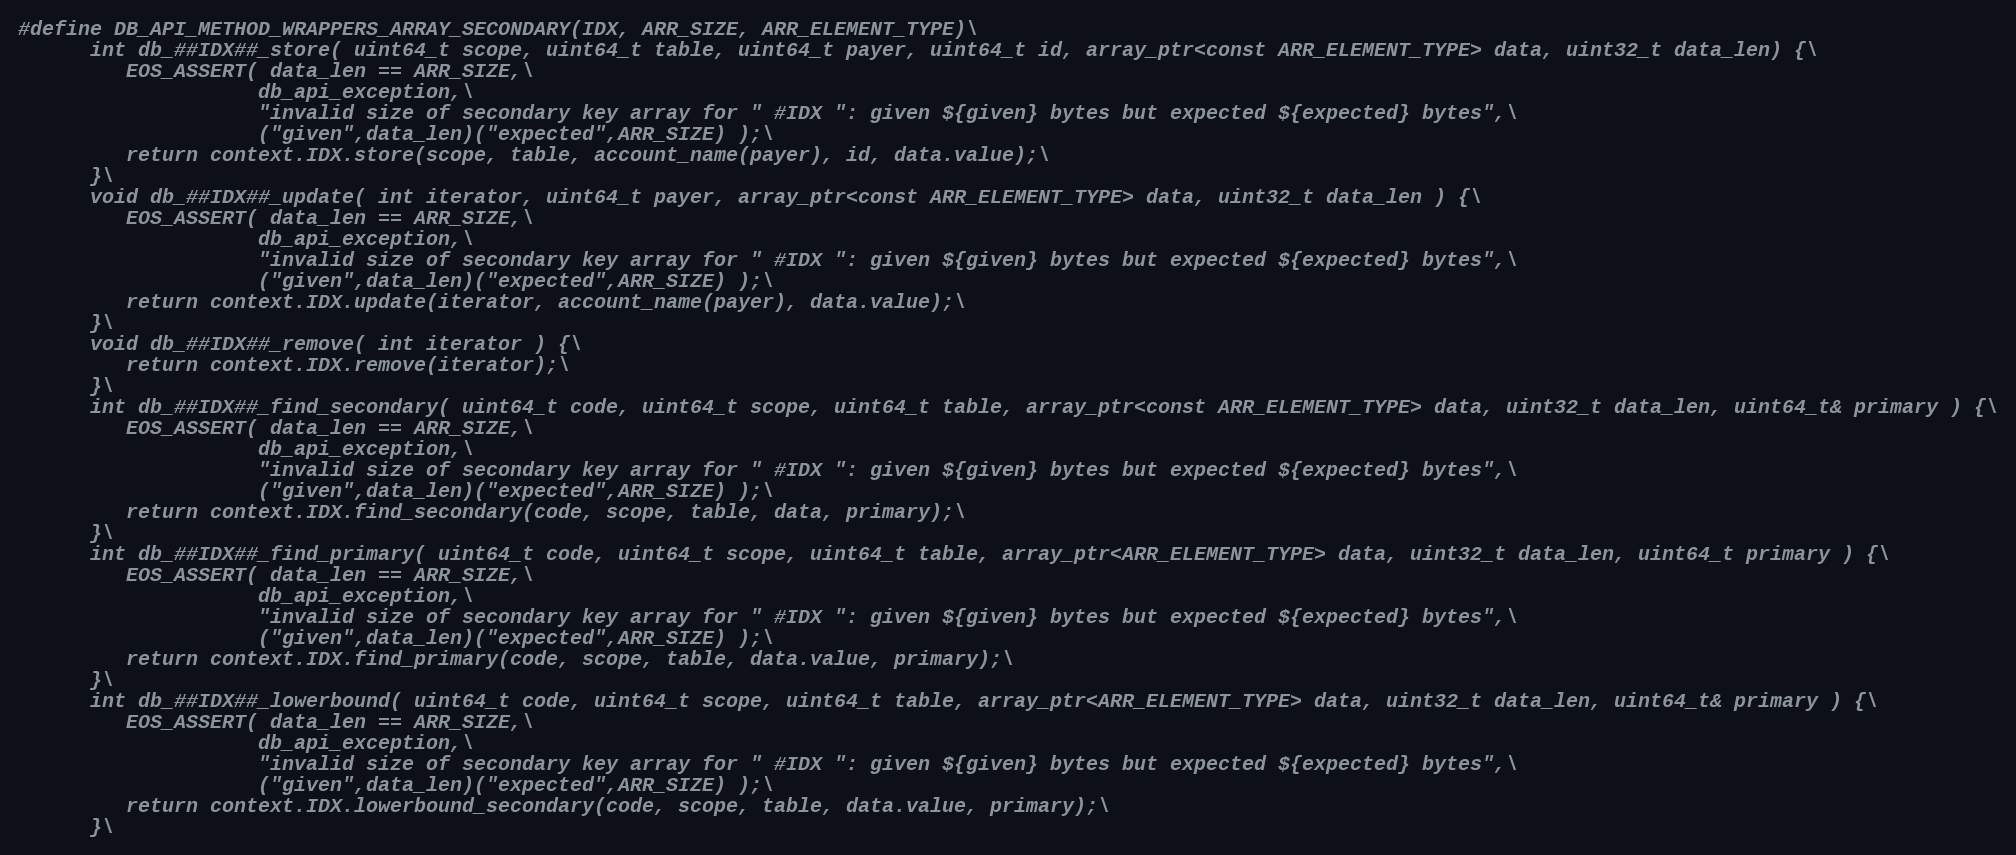
Language: C++
#define DB_API_METHOD_WRAPPERS_ARRAY_SECONDARY(IDX, ARR_SIZE, ARR_ELEMENT_TYPE)\
      int db_##IDX##_store( uint64_t scope, uint64_t table, uint64_t payer, uint64_t id, array_ptr<const ARR_ELEMENT_TYPE> data, uint32_t data_len) {\
         EOS_ASSERT( data_len == ARR_SIZE,\
                    db_api_exception,\
                    "invalid size of secondary key array for " #IDX ": given ${given} bytes but expected ${expected} bytes",\
                    ("given",data_len)("expected",ARR_SIZE) );\
         return context.IDX.store(scope, table, account_name(payer), id, data.value);\
      }\
      void db_##IDX##_update( int iterator, uint64_t payer, array_ptr<const ARR_ELEMENT_TYPE> data, uint32_t data_len ) {\
         EOS_ASSERT( data_len == ARR_SIZE,\
                    db_api_exception,\
                    "invalid size of secondary key array for " #IDX ": given ${given} bytes but expected ${expected} bytes",\
                    ("given",data_len)("expected",ARR_SIZE) );\
         return context.IDX.update(iterator, account_name(payer), data.value);\
      }\
      void db_##IDX##_remove( int iterator ) {\
         return context.IDX.remove(iterator);\
      }\
      int db_##IDX##_find_secondary( uint64_t code, uint64_t scope, uint64_t table, array_ptr<const ARR_ELEMENT_TYPE> data, uint32_t data_len, uint64_t& primary ) {\
         EOS_ASSERT( data_len == ARR_SIZE,\
                    db_api_exception,\
                    "invalid size of secondary key array for " #IDX ": given ${given} bytes but expected ${expected} bytes",\
                    ("given",data_len)("expected",ARR_SIZE) );\
         return context.IDX.find_secondary(code, scope, table, data, primary);\
      }\
      int db_##IDX##_find_primary( uint64_t code, uint64_t scope, uint64_t table, array_ptr<ARR_ELEMENT_TYPE> data, uint32_t data_len, uint64_t primary ) {\
         EOS_ASSERT( data_len == ARR_SIZE,\
                    db_api_exception,\
                    "invalid size of secondary key array for " #IDX ": given ${given} bytes but expected ${expected} bytes",\
                    ("given",data_len)("expected",ARR_SIZE) );\
         return context.IDX.find_primary(code, scope, table, data.value, primary);\
      }\
      int db_##IDX##_lowerbound( uint64_t code, uint64_t scope, uint64_t table, array_ptr<ARR_ELEMENT_TYPE> data, uint32_t data_len, uint64_t& primary ) {\
         EOS_ASSERT( data_len == ARR_SIZE,\
                    db_api_exception,\
                    "invalid size of secondary key array for " #IDX ": given ${given} bytes but expected ${expected} bytes",\
                    ("given",data_len)("expected",ARR_SIZE) );\
         return context.IDX.lowerbound_secondary(code, scope, table, data.value, primary);\
      }\